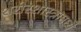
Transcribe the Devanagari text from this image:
शरीरशास्त्रामध्ये